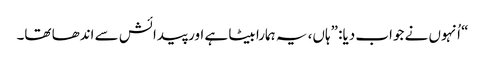
‏“‏ اُنہوں نے جواب دیا:‏ ”‏ہاں،‏ یہ ہمارا بیٹا ہے اور پیدائش سے اندھا تھا۔